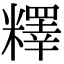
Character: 𥼶